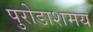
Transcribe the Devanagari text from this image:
पुरोडाशमय